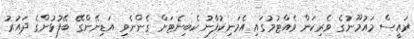
ރައީސް މައުމޫނުގެ ވެރިކަން ވެއްޓުމުގައި އެމަނިކުފާނު ކެބިނެޓަށް ގެންނެވި އަޑިނޭންގޭ ބޭފުޅުންގެ ދައުރު